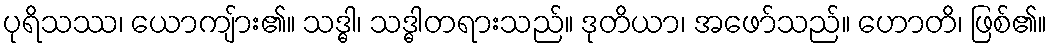
ပုရိသဿ၊ ယောကျ်ား၏။ သဒ္ဓါ၊ သဒ္ဓါတရားသည်။ ဒုတိယာ၊ အဖော်သည်။ ဟောတိ၊ ဖြစ်၏။